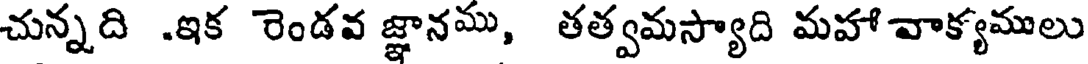
చున్నది .ఇక రెండవ జ్ఞానము, తత్వమస్యాది మహా వాక్యములు